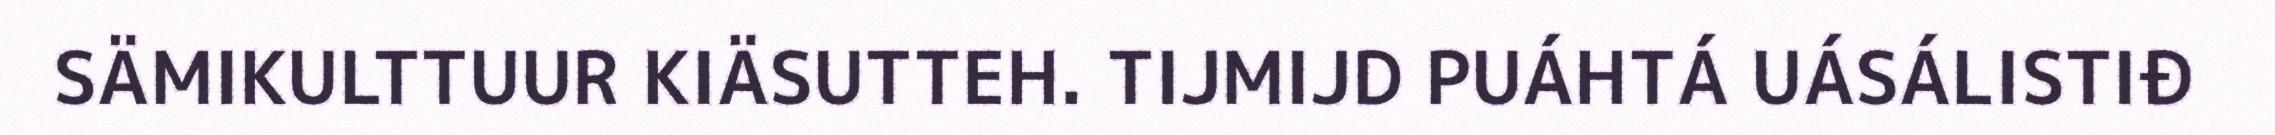
SÄMIKULTTUUR KIÄSUTTEH. TIJMIJD PUÁHTÁ UÁSÁLISTIĐ